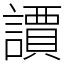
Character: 䜖